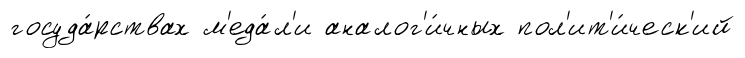
госуда́рствах м'еда́л'и аналог'и́чных пол'ит'и́ческ'ий